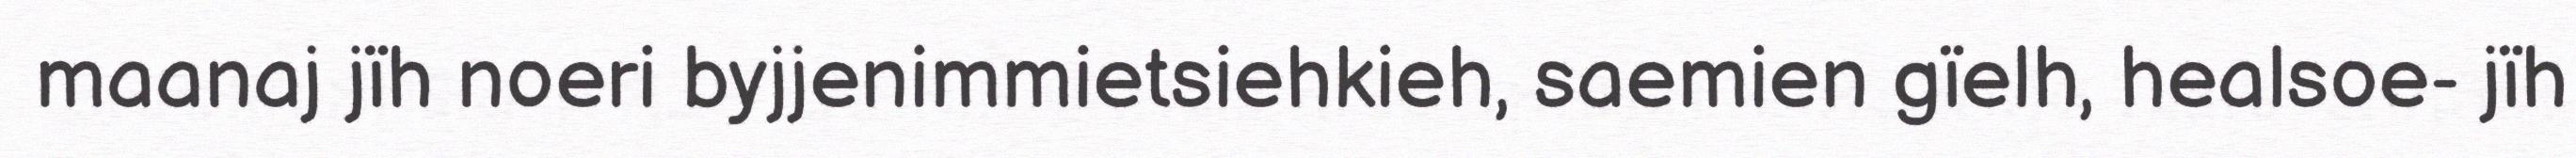
maanaj jïh noeri byjjenimmietsiehkieh, saemien gïelh, healsoe- jïh